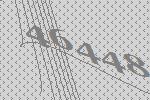
46448